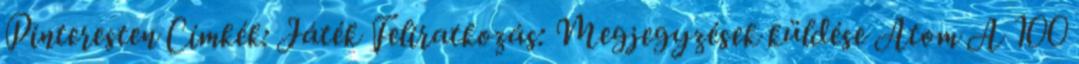
Pinteresten Címkék: Játék Feliratkozás: Megjegyzések küldése Atom A 100